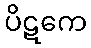
ပိဋကေ